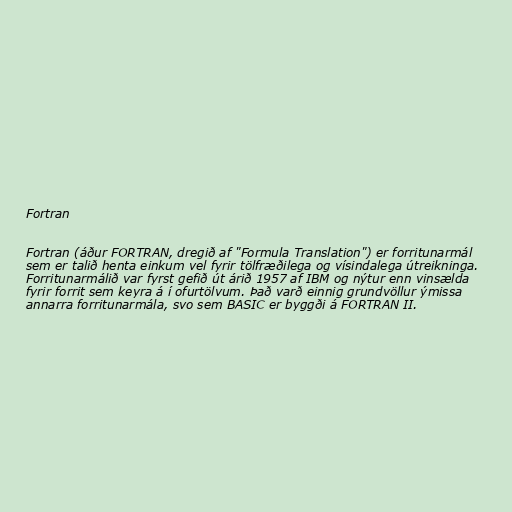
Fortran

Fortran (áður FORTRAN, dregið af "Formula Translation") er forritunarmál
sem er talið henta einkum vel fyrir tölfræðilega og vísindalega útreikninga.
Forritunarmálið var fyrst gefið út árið 1957 af IBM og nýtur enn vinsælda
fyrir forrit sem keyra á í ofurtölvum. Það varð einnig grundvöllur ýmissa
annarra forritunarmála, svo sem BASIC er byggði á FORTRAN II.